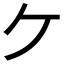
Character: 𫡏